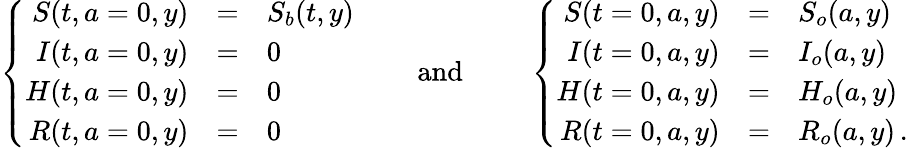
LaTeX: \left\{ \begin{array}{rcl}{S(t,a=0,y)}&{=}&{S_{b}(t,y)}\\ {I(t,a=0,y)}&{=}&{0}\\ {H(t,a=0,y)}&{=}&{0}\\ {R(t,a=0,y)}&{=}&{0}\end{array}\right.\qquad\mathrm{~and~}\qquad\left\{ \begin{array}{rcl}{S(t=0,a,y)}&{=}&{S_{o}(a,y)}\\ {I(t=0,a,y)}&{=}&{I_{o}(a,y)}\\ {H(t=0,a,y)}&{=}&{H_{o}(a,y)}\\ {R(t=0,a,y)}&{=}&{R_{o}(a,y)\, .}\end{array}\right.